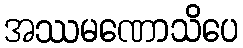
အဿမဏောသိပေ